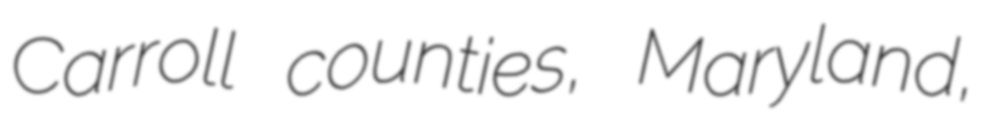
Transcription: Carroll counties, Maryland,